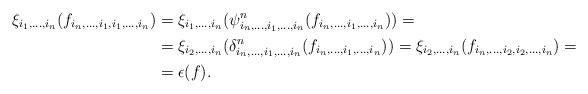
LaTeX: \begin{align*}\xi_{i_1,\ldots,i_n}(f_{i_n,\ldots,i_1,i_1,\ldots,i_n})&=\xi_{i_1,\ldots,i_n}(\psi^n_{i_n,\ldots,i_1,\ldots,i_n}(f_{i_n,\ldots,i_1,\ldots,i_n}))=\\&=\xi_{i_2,\ldots,i_n}(\delta^n_{i_n,\ldots,i_1,\ldots,i_n}(f_{i_n,\ldots,i_1,\ldots,i_n}))=\xi_{i_2,\ldots,i_n}(f_{i_n,\ldots,i_2,i_2,\ldots,i_n})=\\&=\epsilon(f).\end{align*}